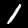
Label: 1